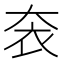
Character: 𡘚